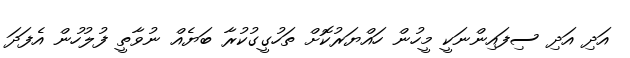
އަދި އަދި ސިފައިންނަކީ މީހުން ހައްޔަރުކޮށް ތަހުގީގުކުރާ ބަޔެއް ނުވާތީ ފުލުހުން އެފަދަ